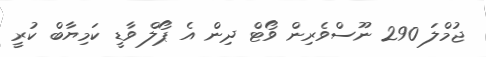
ޖުމްލަ 290 ނޫސްވެރިން ވޯޓް ދިން އެ ޕޯލް ވާޑީ ކަމިޔާބް ކުރީ